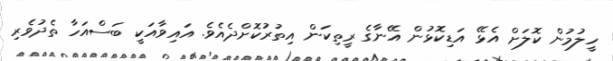
ހީލުމުން ކޮލަށް އެޅޭ އަޑިކޮޅުން އޭނާގެ ރީތިކަން އިތުރުކޮށްދެއެވެ. އައިވާއަކީ ބަސްއަހާ ތެދުވެރި